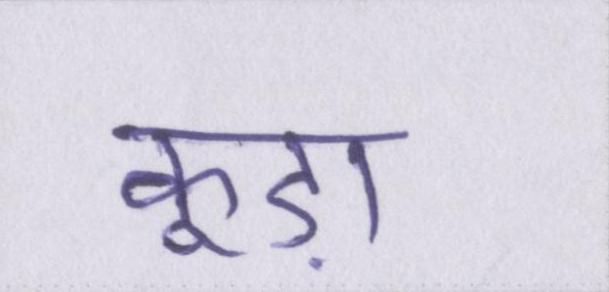
कूड़ा